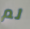
لم